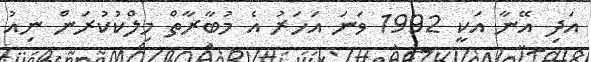
އަދި އޭނާ އަކީ 1992 ވަނަ އަހަރު އެ މުބާރާތް މިލްކުކުރަން ނިއު